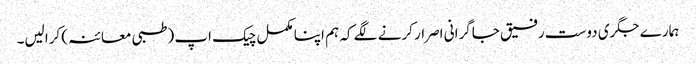
ہمارے جگری دوست رفیق جاگرانی اصرار کرنے لگے کہ ہم اپنا مکمل چیک اپ (طبی معائنہ) کرالیں۔